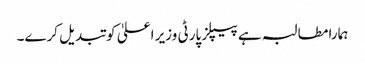
ہمارا مطالبہ ہے پیپلز پارٹی وزیر اعلیٰ کو تبدیل کرے۔